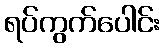
ရပ်ကွက်ပေါင်း